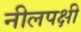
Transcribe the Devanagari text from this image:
नीलपक्षी